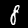
Digit: 8